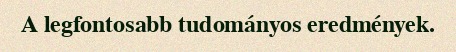
A legfontosabb tudományos eredmények.